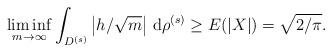
LaTeX: \begin{align*}\liminf_{m\to\infty}\int_{D^{(s)}} \left|h/\sqrt{m}\right|\,\mathrm d \rho^{(s)}\geq E(\lvert X\rvert)=\sqrt{2/\pi}.\end{align*}